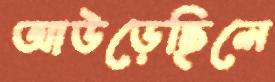
আউড়েছিলে